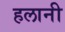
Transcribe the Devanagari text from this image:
हलानी